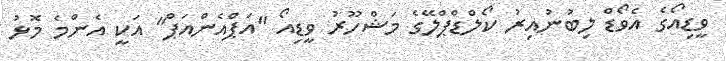
ވީޑިއޯގެ އެވޯޑް ލިބުނުއިރު ކޯލްޑްޕްލޭގެ މަޝްހޫރު ވީޑިއޯ "އަޕްއެންއަޕް" އަކީ އެންމެ މޮޅު